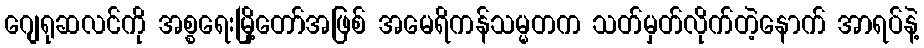
ဂျေရုဆလင်ကို အစ္စရေးမြို့တော်အဖြစ် အမေရိကန်သမ္မတက သတ်မှတ်လိုက်တဲ့နောက် အာရပ်နဲ့